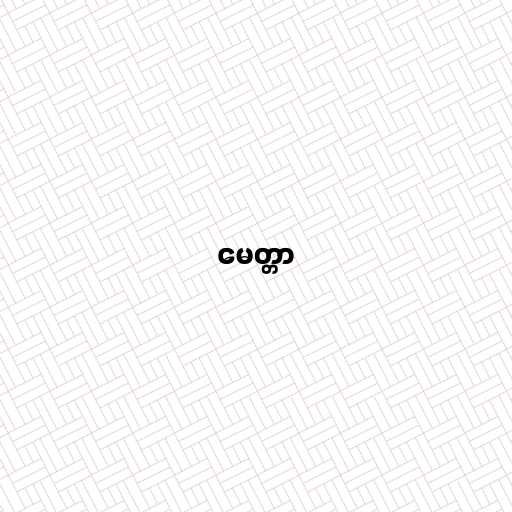
မေတ္တာ